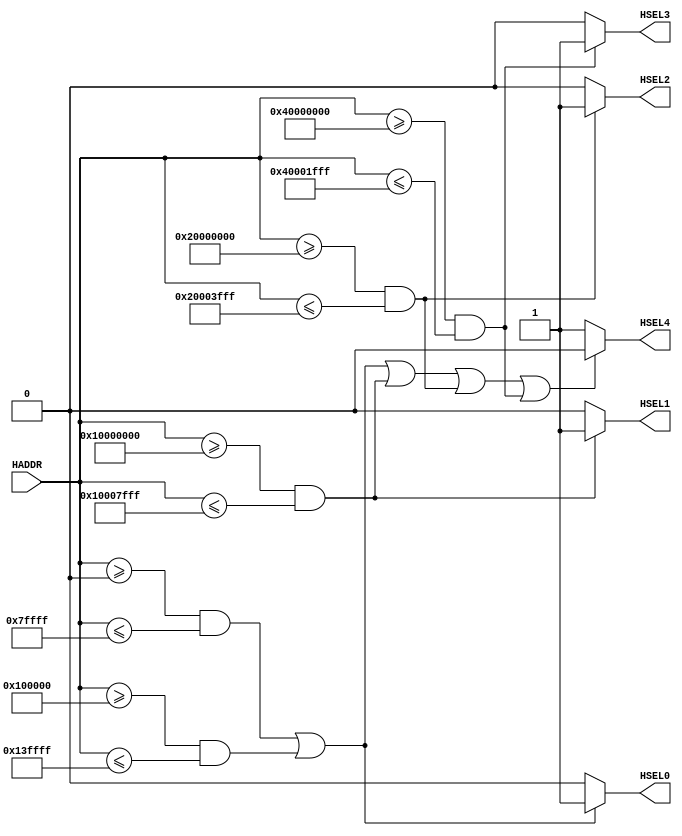
module AHB_mdDecoder_S4(
	HADDR,
	HSEL0,
	HSEL1,
	HSEL2,
	HSEL3,
	HSEL4);
	//input         HCLK,            
    //input         HRESETn,  
	
	input wire [31:0]HADDR;
	output wire HSEL0;
	output wire HSEL1;
	output wire HSEL2;
	output wire HSEL3;
	output wire HSEL4;
	//ZSPZSPSLAVE
	parameter addr_start01='h0010_0000,addr_size01='h40000;
	parameter addr_start00='h0000_0000,addr_size00='h80000;
	parameter addr_start1='h1000_0000,addr_size1='h8000;
	parameter addr_start2='h2000_0000,addr_size2='h4000;
	parameter addr_start3='h4000_0000,addr_size3='h2000;
	parameter slave_num=4; //AHB_lite
	
	parameter addr_end01=addr_start01+addr_size01- 1;
	parameter addr_end00=addr_start00+addr_size00- 1;
	parameter addr_end1=addr_start1+addr_size1- 1;
	parameter addr_end2=addr_start2+addr_size2- 1;
	parameter addr_end3=addr_start3+addr_size3- 1;
	
	wire  [31:0]add;
	assign add=HADDR;
	
	reg sel0,sel1,sel2,sel3,sel4;
	assign HSEL0=sel0;
	assign HSEL1=sel1;
	assign HSEL2=sel2;
	assign HSEL3=sel3;
	assign HSEL4=sel4;
	//if elsecaseif else 
	always@(*)
	begin
		if((add>=addr_start00&&add<=addr_end00)||(add>=addr_start01&&add<=addr_end01))
			sel0<=1;
		else
			sel0<=0;
		if(add>=addr_start1&&add<=addr_end1)
			sel1<=1;
		else
			sel1<=0;
		if(add>=addr_start2&&add<=addr_end2)
			sel2<=1;
		else
			sel2<=0;
		if(add>=addr_start3&&add<=addr_end3)
			sel3<=1;
		else
			sel3<=0;
		if(((add>=addr_start00&&add<=addr_end00)||(add>=addr_start01&&add<=addr_end01))||
			(add>=addr_start1&&add<=addr_end1)||
			(add>=addr_start2&&add<=addr_end2)||
			(add>=addr_start3&&add<=addr_end3))
			sel4<=0;
		else
			sel4<=1;
	end
endmodule